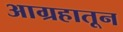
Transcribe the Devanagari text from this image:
आग्रहातून